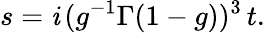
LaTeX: s=\mathit{i}\, (g^{-1}\Gamma(1-g))^{3}\, t.